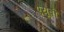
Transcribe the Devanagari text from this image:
एयूबी